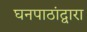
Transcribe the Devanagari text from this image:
घनपाठांद्वारा